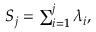
\begin{array} { r } { S _ { j } = \sum _ { i = 1 } ^ { j } \lambda _ { i } , } \end{array}